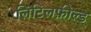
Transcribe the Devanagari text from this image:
लिटिलफ़ील्ड